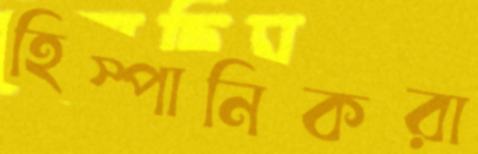
হিস্পানিকরা